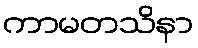
ကာမတသိနာ